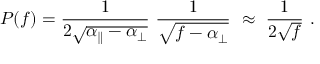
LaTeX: P ( f ) = \frac { 1 } { 2 \sqrt { \alpha _ { \parallel } - \alpha _ { \perp } } } ~ \frac { 1 } { \sqrt { f - \alpha _ { \perp } } } ~ \approx ~ \frac { 1 } { 2 \sqrt { f } } ~ .